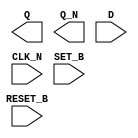
module sky130_fd_sc_hs__dfbbn (
    Q      ,
    Q_N    ,
    D      ,
    CLK_N  ,
    SET_B  ,
    RESET_B
);

    output Q      ;
    output Q_N    ;
    input  D      ;
    input  CLK_N  ;
    input  SET_B  ;
    input  RESET_B;

    // Voltage supply signals
    supply1 VPWR;
    supply0 VGND;

endmodule